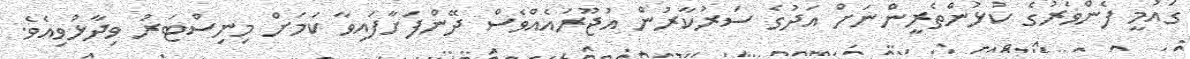
ގައުމީ ފެންވަރުގެ ކުޅުންތެރީންނަށް އަދުގެ ސަރުކާރުން އުޖޫރައެއްވެސް ދޭންފަށާފައިވާ ކަމަށް މިނިސްޓަރު ވިދާޅުވިއެވެ.